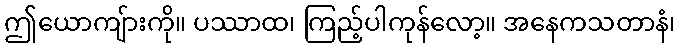
ဤယောကျ်ားကို။ ပဿာထ၊ ကြည့်ပါကုန်လော့။ အနေကသတာနံ၊